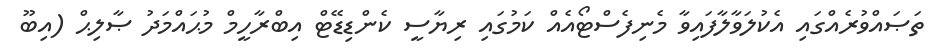
ތަޞައްވުރެއްގައި އެކުލަވާލާފައިވާ މެނިފެސްޓޯއެއް ކަމުގައި ރިޔާސީ ކެންޑިޑޭޓް އިބްރާހީމް މުޙައްމަދު ޞާލިޙް (އިބޫ